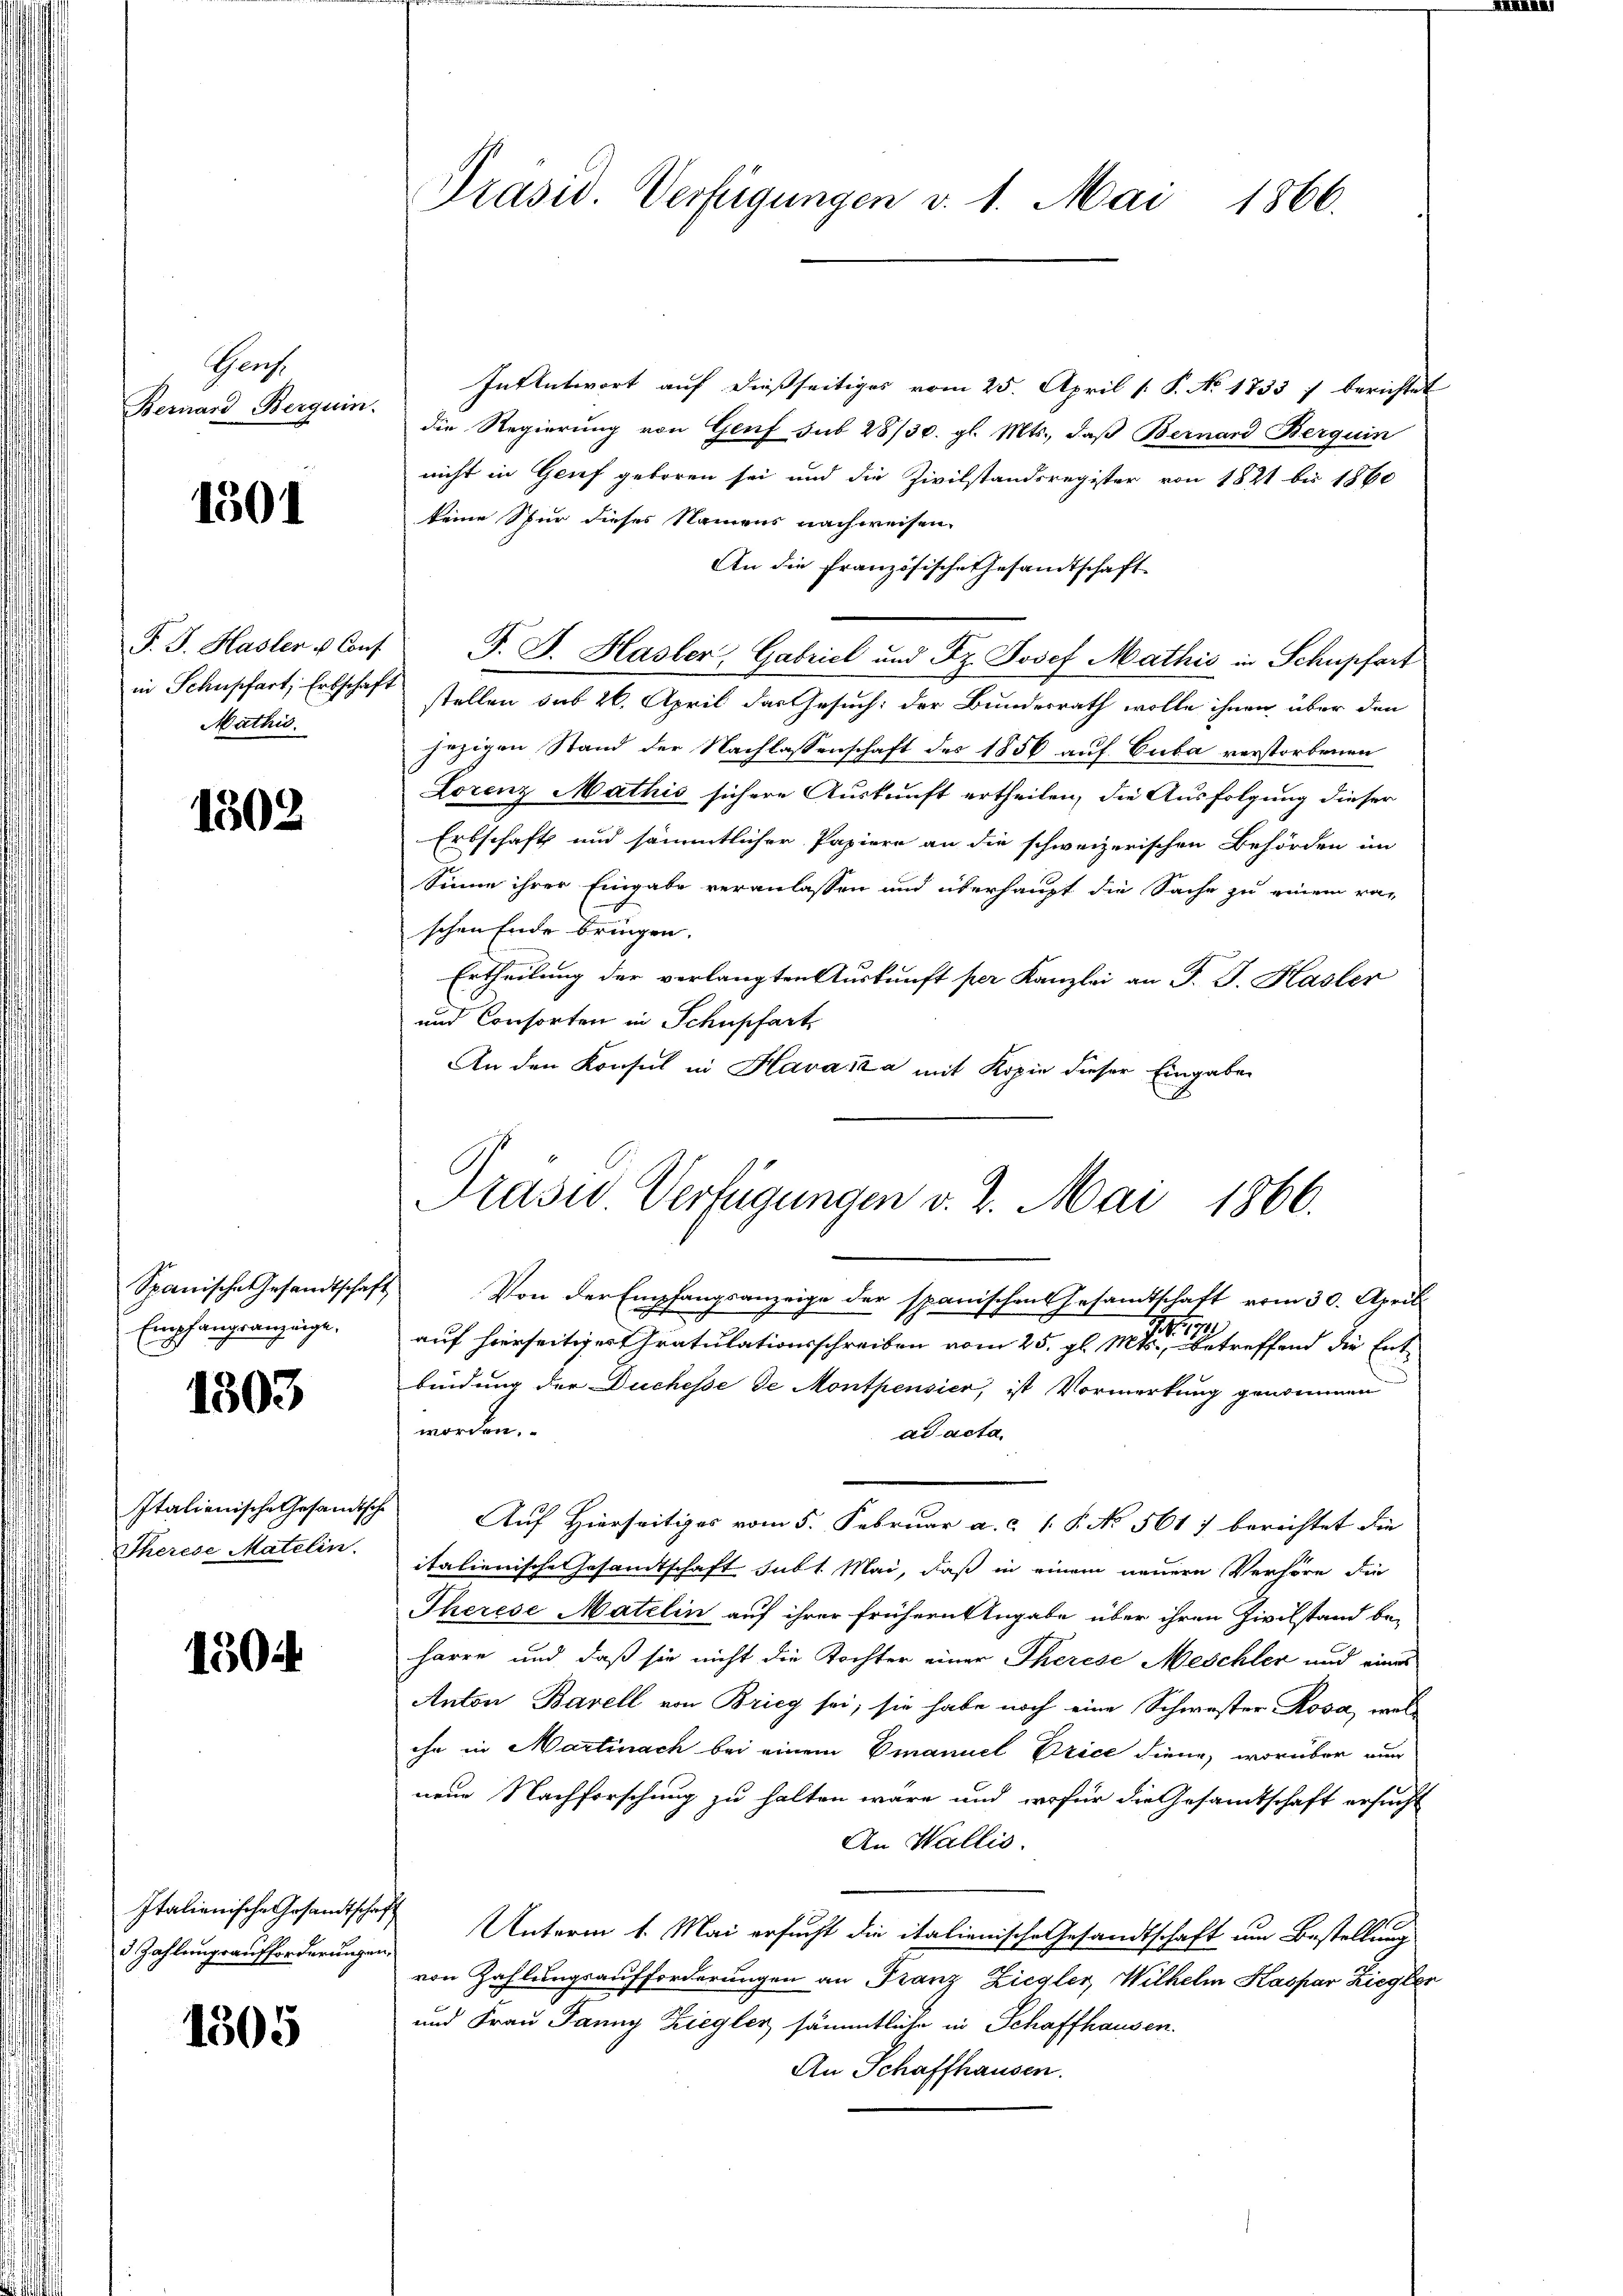
Graf.
Bernard Berguin.

1501

Mathis

1302

Spanische Gesandtschaft
Empfangsanzeige,

1303

Therese Matelin.

1304

In Antwort auf dießseitiges vom 25. April [ P. No. 1833 : berichtet
die Regierung von Genf sub 28/30. gl. Mts., daß Bernard Berquin
nicht in Genf geboren sei und die Zivilstandsregister von 1821 bis 1860
keine Spur dieses Namens nachweisen.
An die Französische Gesandtschaft
F. J. Hasler & Conf P. J. Hasler, Gabriel und Fr. Josef Mathis in Schupfort
in Schupfart, Erbschaft stellen sub 26. April das Gesuch: der Bundesrath wolle ihnen über den
jezigen Stand der Nachlassenschaft des 1856 auf Cuba verstorbenen
Lorenz Mathis sichere Auskunft ertheilen, die Ausfolgung dieser
Erbschaft und sämmtlicher Papiere an die schweizerischen Behörden im
Sinne ihrer Eingabe veranlassen und überhaupt die Sache zu einem ra-
schen Ende bringen.
Ertheilung der verlangten Auskunft per Kanzlei an J. J. Hasler
und Consorten in Schupfart
An den Konsul in Havail a mit Kopie dieser Eingaben

3 Zahlungsaufforderungen.

1505

Präsid. Verfügungen v. 1. Mai 1866.

Prasur. Verfügungen v. 2. Mai 1866.

Von der Empfangsanzeige der spanischen Gesamtschaft vom 30. April.
396
.
auf hierseitiger tratulationsschreiben vom 25. gl. Mts., betreffend die Entbindung der Duchesse de Montpensier, ist Vormerkung genommen
worden.
ad acta
Italienische Gesandtische Auf Hierseitiges vom 5. Februar a. c. 1 S. No 5617 berichtet die
italienische Gesandtschaft subt. Mai, daß in einem neuere Verhöre die
Therese Matelin auf ihrer frühern Angabe über ihren Zivilstand be-
harre und daß sie nicht die Tochter einer Therese Meschler und eines
Anton Barell von Brieg sei, sie habe noch eine Schwester Rosa, welihn in Martinach bei einem Emanuel Brice diene, worüber nun
neue Nachforschung zu halten wäre und wofür die Gesamtschaft ersucht
An Wallis.
Italienische Gesandtsche Unterm 1. Mai ersucht die italienische Gesandtschaft um Bestellung
von Zahlungsaufforderungen an Franz Ziegler, Wilhelm Kaspar Ziegler
und Frau Panny Ziegler sämmtliche in Schaffhausen.
An Schaffhausen.